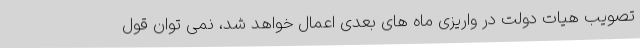
تصویب هیات دولت در واریزی ماه های بعدی اعمال خواهد شد، نمی توان قول